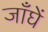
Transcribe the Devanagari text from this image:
जाँघें